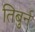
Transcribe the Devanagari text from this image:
तिबुर्न